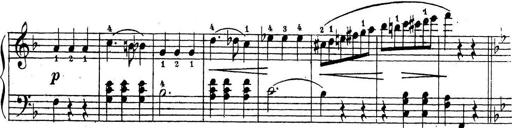
Title: 10 Sonatinas
Composer: Fritz Spindler